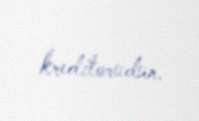
kreditorudur.